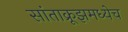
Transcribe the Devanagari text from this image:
सांताक्रूझमध्येच